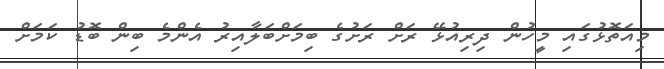
މިއަތޮޅުގައި މީހުން ދިރިއުޅޭ ރަށް ރަށުގެ ބިމަށްބަލާއިރު އެންމެ ބިން ބޮޑު ކަމަށް